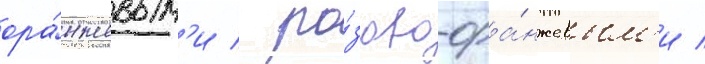
ора́нжевым'и / ро́зово-ора́нжевым'и /